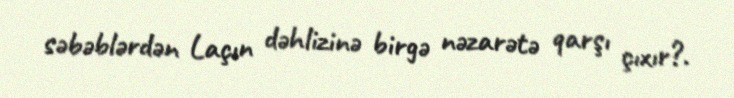
səbəblərdən Laçın dəhlizinə birgə nəzarətə qarşı çıxır?.